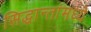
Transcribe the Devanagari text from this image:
सिद्धान्तांमध्ये